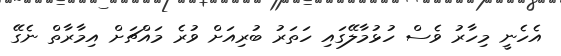
އެހެނީ މިހާރު ވެސް ހުޅުމާލޭގައި ހަތަރު ބުރިއަށް ވުރެ މައްޗަށް އިމާރާތް ނެގޭ